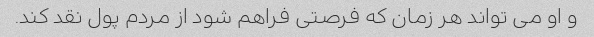
و او می تواند هر زمان که فرصتی فراهم شود از مردم پول نقد کند.